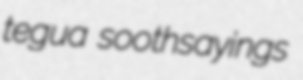
tegua soothsayings